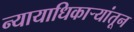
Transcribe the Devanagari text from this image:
न्यायाधिकाऱ्यांतून